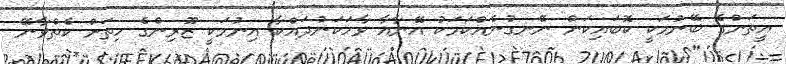
އީތަންގެ ބޭނުމަކީ ކޮބައިކަން ނޭނގުނެއްކަމަކު އޭނާއާ ވާހަކަނުދައްކާ އިނުމަކީ ޒޫރިންގެ ހިތަށް ކެތްވާނޭ